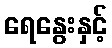
ရေနွေးနှင့်